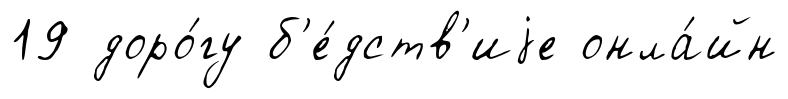
19 доро́гу б'е́дств'иjе онла́йн